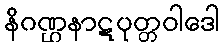
နိဂဏ္ဌနာဋပုတ္တဝါဒေါ